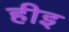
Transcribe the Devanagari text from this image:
हीइ